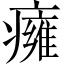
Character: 癕